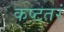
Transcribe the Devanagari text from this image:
कष्टतरं